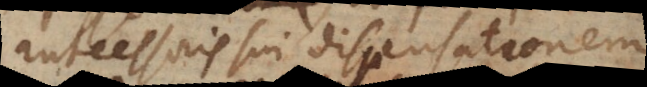
antecessoris sui dispensationem